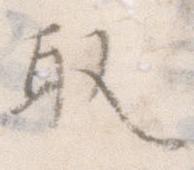
取